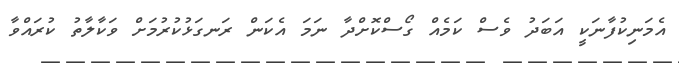
އެމަނިކުފާނަކީ އަބަދު ވެސް ކަމެއް ގޯސްކޮށްދާ ނަމަ އެކަން ރަނގަޅުކުރުމަށް ވަކާލާތު ކުރައްވާ